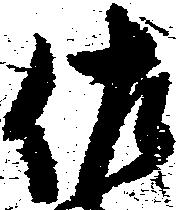
佐